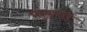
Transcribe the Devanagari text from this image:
मांडणों